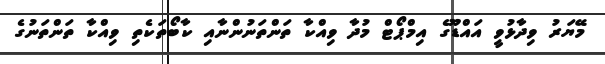
މޭޔަރު ވިދާޅުވީ އައްޑޫގެ އިމްޕޯޓް މުދާ ވިއްކާ ތަންތަނުންނާއި ކާބޯތަކެތި ވިއްކާ ތަންތަނުގެ